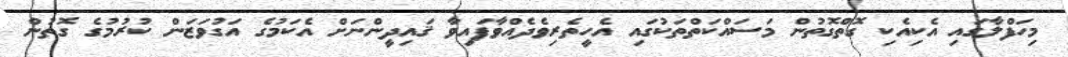
މިހަފްލާގައި އެކިއެކި ގޮތްގޮތުން މަސައްކަތްތަކުގައި އެހީތެރިވެދެއްވާފައިވާ ޤައިދީންނަށް އެކަމުގެ އަގުވަޒަން ކުރުމުގެ ގޮތުން